Bréfritari: Jónatan Þorláksson
Viðtakandi: Jón Borgfirðings Jónsson
Dagsetning: A-1864-02-19
Skrifað á: Þórðarstöðum  S-Þing.

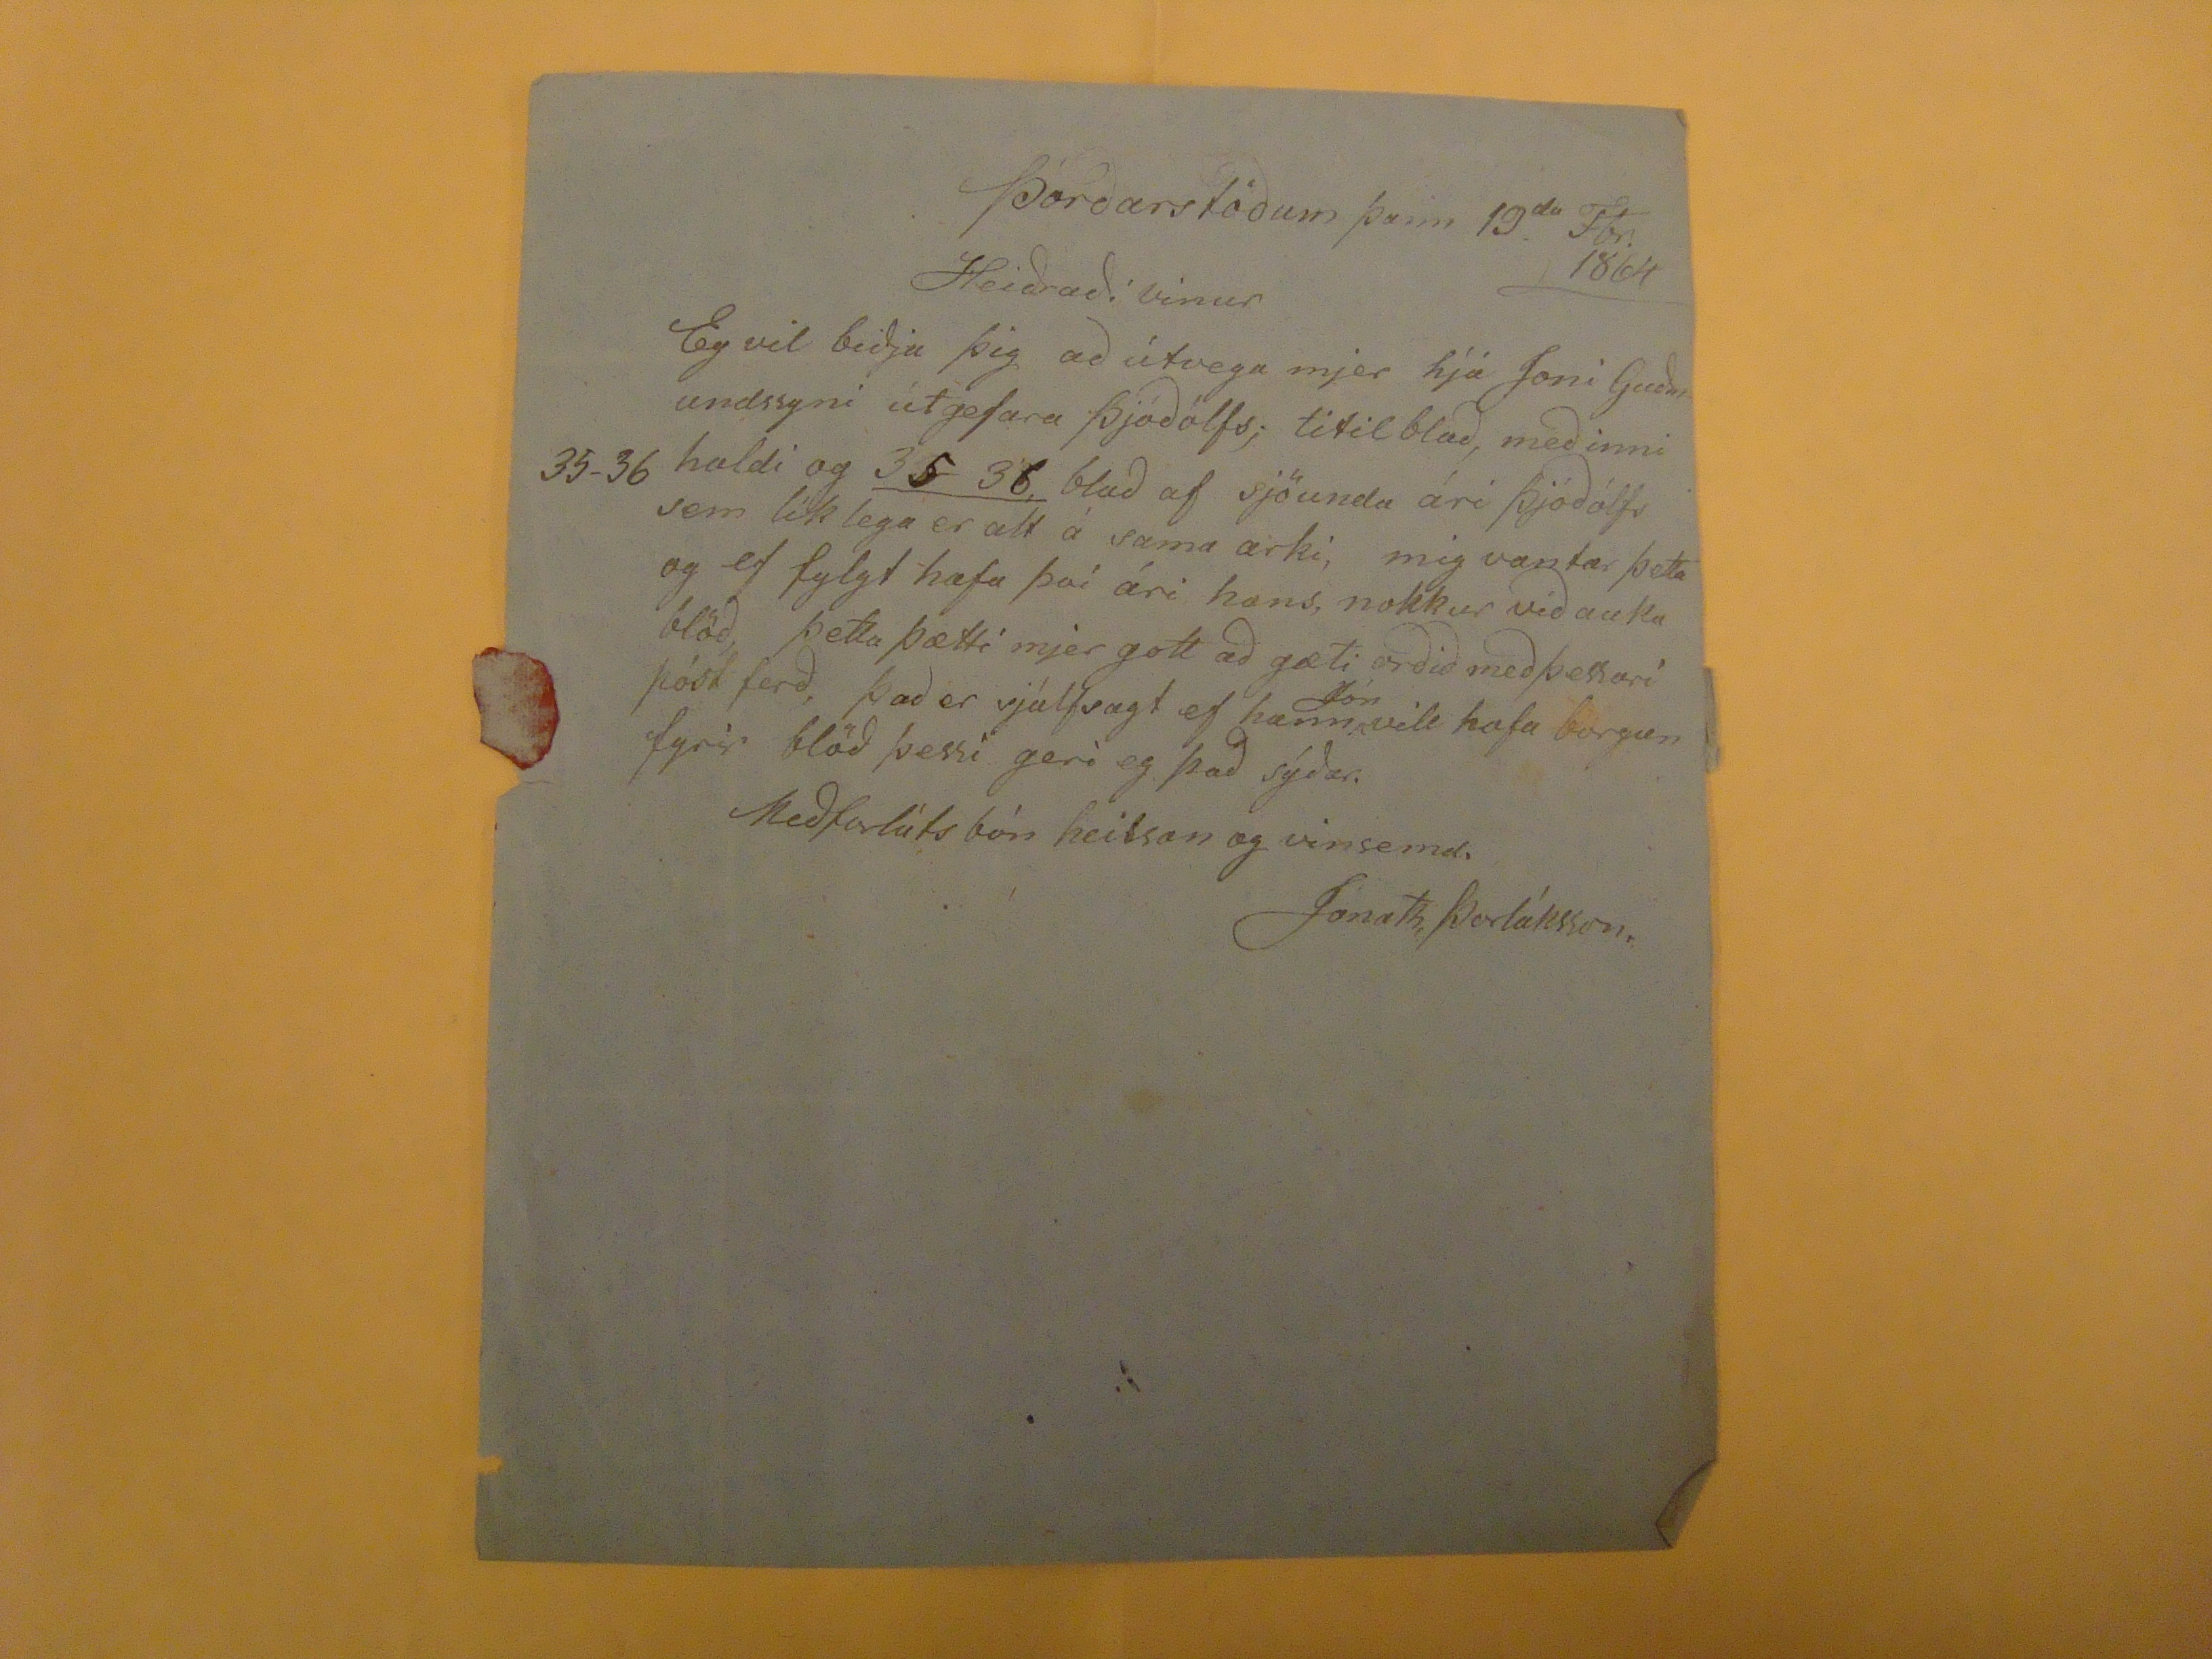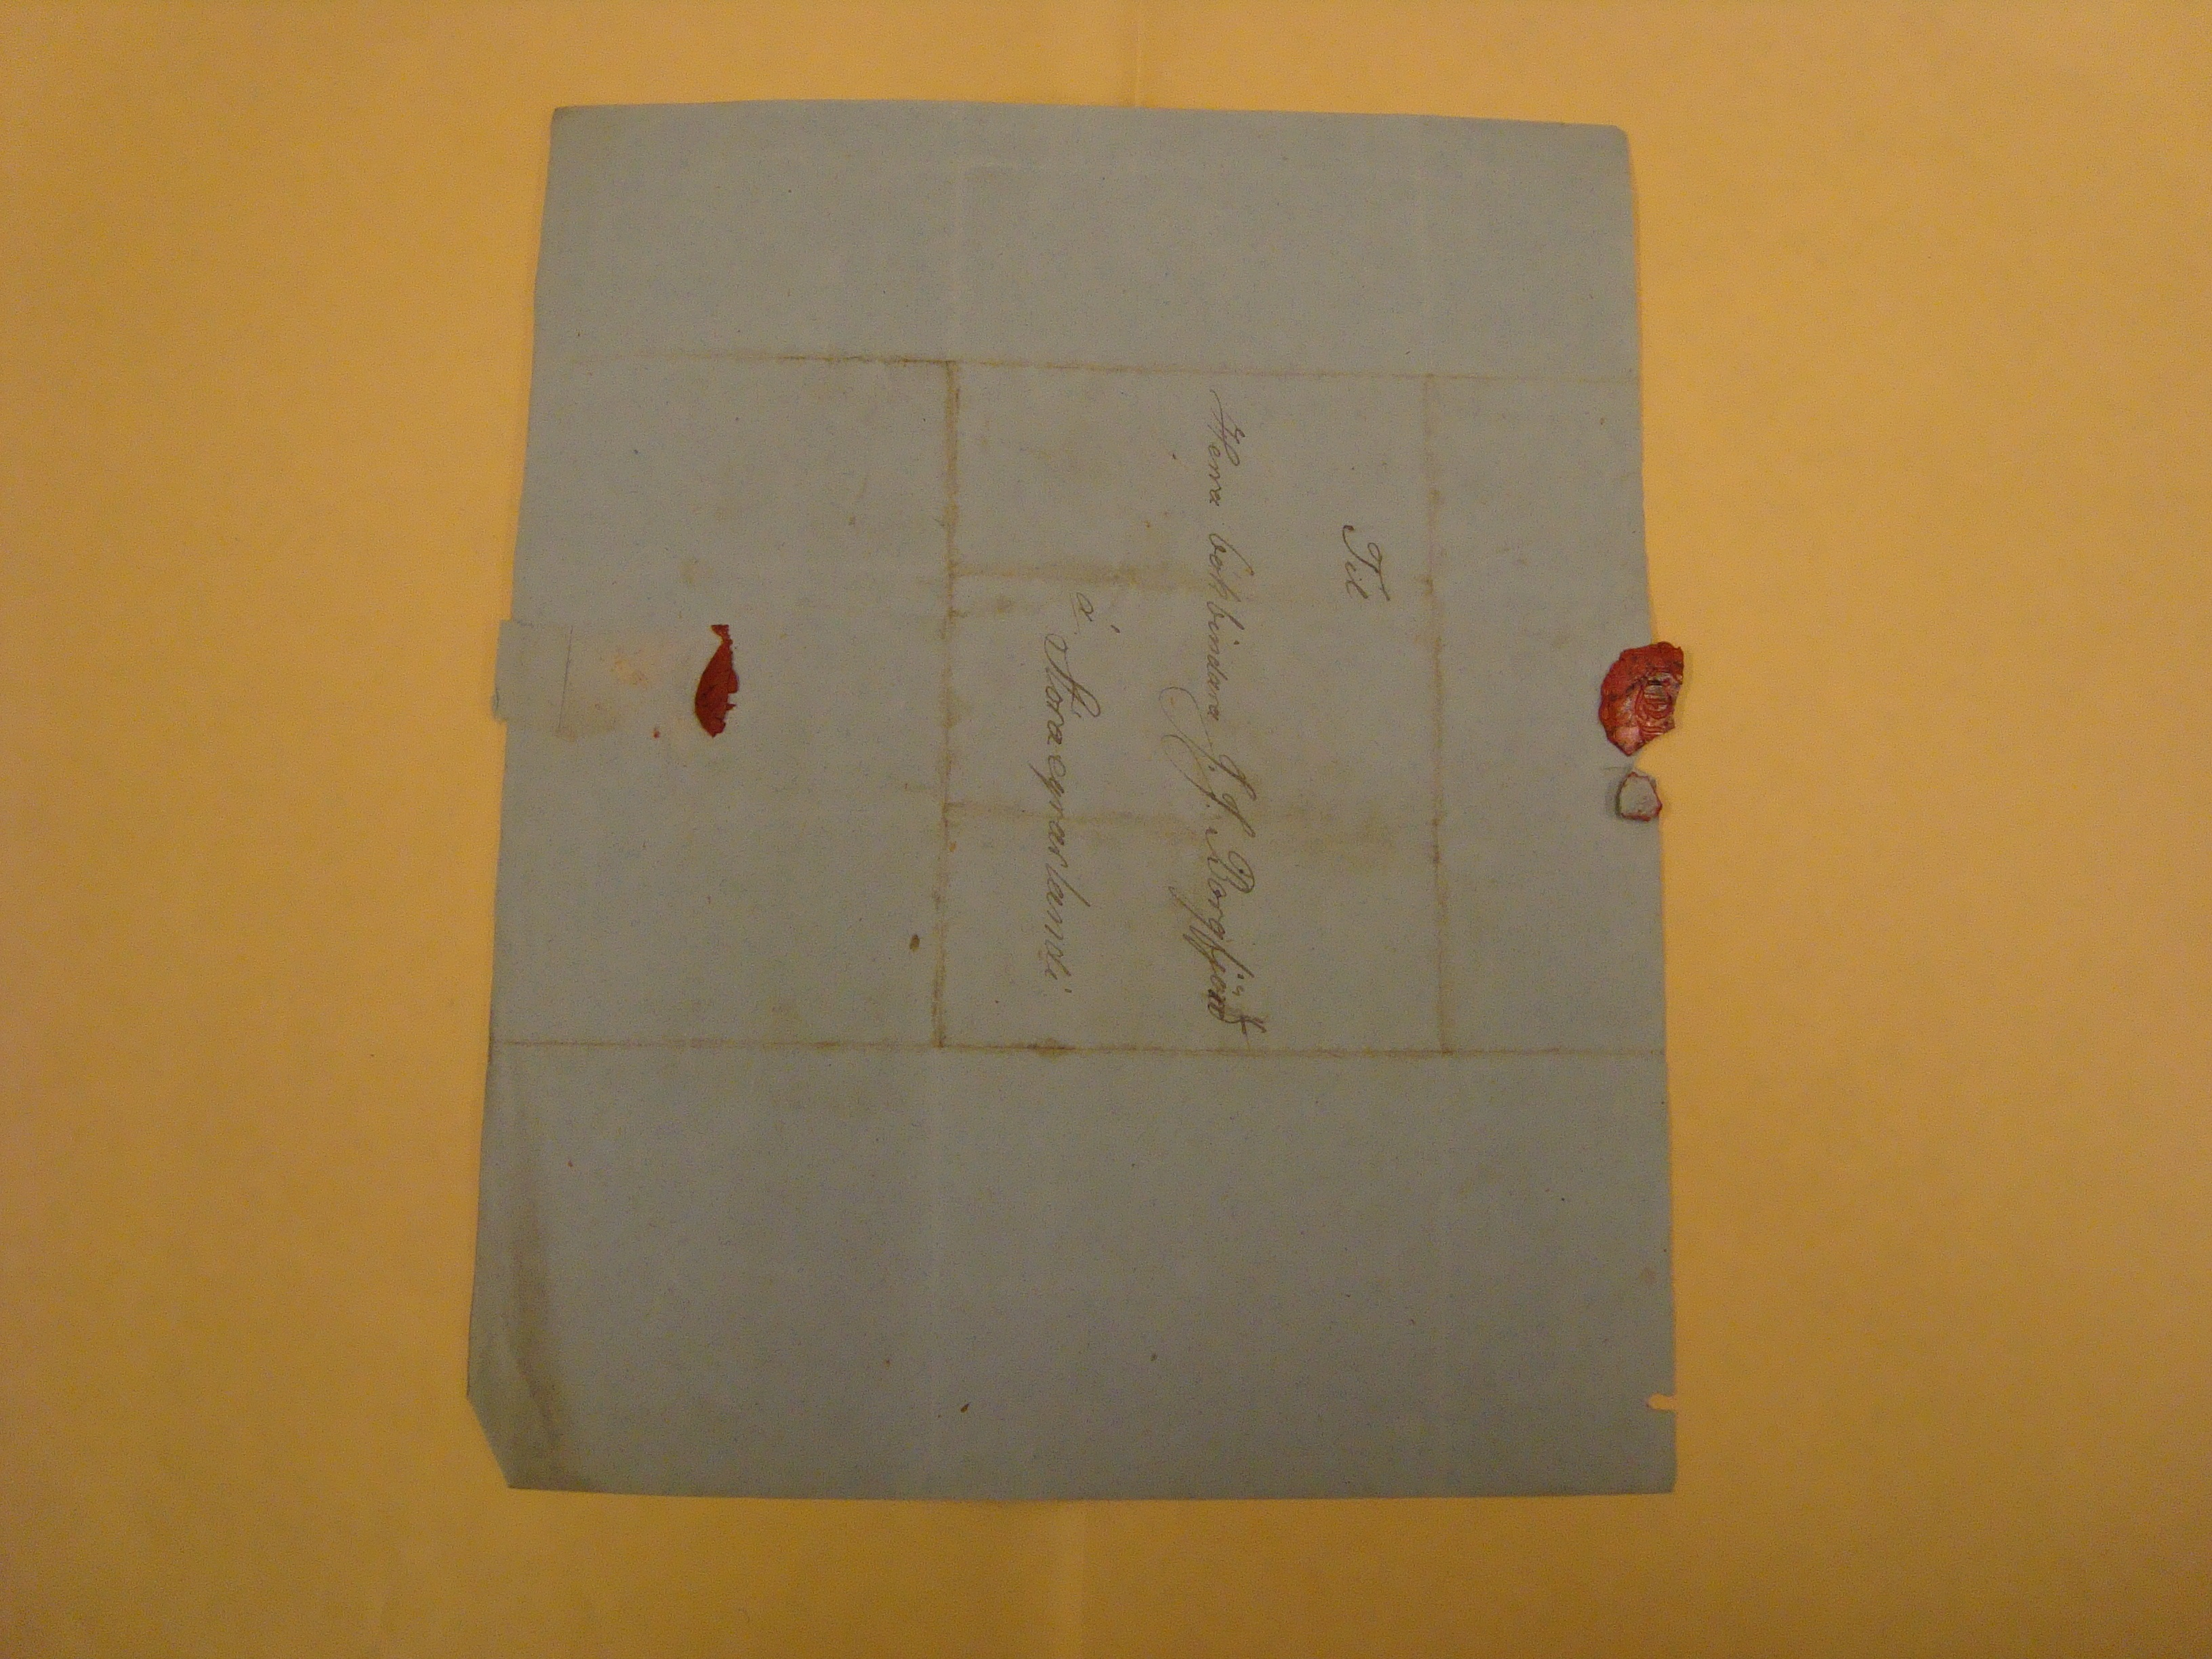

Þórðarstöðum þann 19
da
Fbr. 1864
Heiðraði vinur
Eg vil biðja þig að útvega mjer hjá Jono Guðmundssyni útgefara Þjóðólfs; titilblað, með innihaldi og
35-36,
35-36
blað af sjöunda ári Þjóðólfs sem líklega er alt á sama arki, mig vantar þetta og ef fylgt hafa því ári hans, nokkur viðauka blöð, þetta þætti mjer gott að gæti orðið með þessari póst ferð, það er sjálfsagt ef hann
Jón
vill hafa borgun fyrir blöð þessi geri eg það sýðar.
Meðforláts bón heilsan og vinsemd.
JónatnÞorláksson
Til
Herra bókbindara J.J. Borgfjörð
á Stóraeyrarlandi